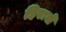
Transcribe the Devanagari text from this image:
हिरासे